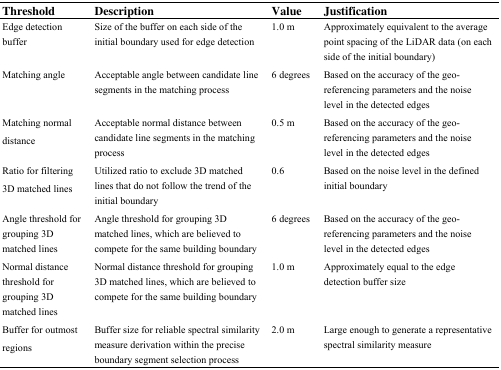
<table><thead><tr><td><b>Threshold</b></td><td><b>Description</b></td><td><b>Value</b></td><td><b>Justification</b></td></tr></thead><tbody><tr><td>Edge detection buffer</td><td>Size of the buffer on each side of the initial boundary used for edge detection</td><td>1.0 m</td><td>Approximately equivalent to the average point spacing of the LiDAR data (on each side of the initial boundary)</td></tr><tr><td>Matching angle</td><td>Acceptable angle between candidate line segments in the matching process</td><td>6 degrees</td><td>Based on the accuracy of the geo-referencing parameters and the noise level in the detected edges</td></tr><tr><td>Matching normal distance</td><td>Acceptable normal distance between candidate line segments in the matching process</td><td>0.5 m</td><td>Based on the accuracy of the geo-referencing parameters and the noise level in the detected edges</td></tr><tr><td>Ratio for filtering 3D matched lines</td><td>Utilized ratio to exclude 3D matched lines that do not follow the trend of the initial boundary</td><td>0.6</td><td>Based on the noise level in the defined initial boundary</td></tr><tr><td>Angle threshold for grouping 3D matched lines</td><td>Angle threshold for grouping 3D matched lines, which are believed to compete for the same building boundary</td><td>6 degrees</td><td>Based on the accuracy of the geo-referencing parameters and the noise level in the detected edges</td></tr><tr><td>Normal distance threshold for grouping 3D matched lines</td><td>Normal distance threshold for grouping 3D matched lines, which are believed to compete for the same building boundary</td><td>1.0 m</td><td>Approximately equal to the edge detection buffer size</td></tr><tr><td>Buffer for outmost regions</td><td>Buffer size for reliable spectral similarity measure derivation within the precise boundary segment selection process</td><td>2.0 m</td><td>Large enough to generate a representative spectral similarity measure</td></tr></tbody></table>